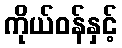
ကိုယ်ဝန်နှင့်